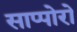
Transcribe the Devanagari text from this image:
साप्पोरो